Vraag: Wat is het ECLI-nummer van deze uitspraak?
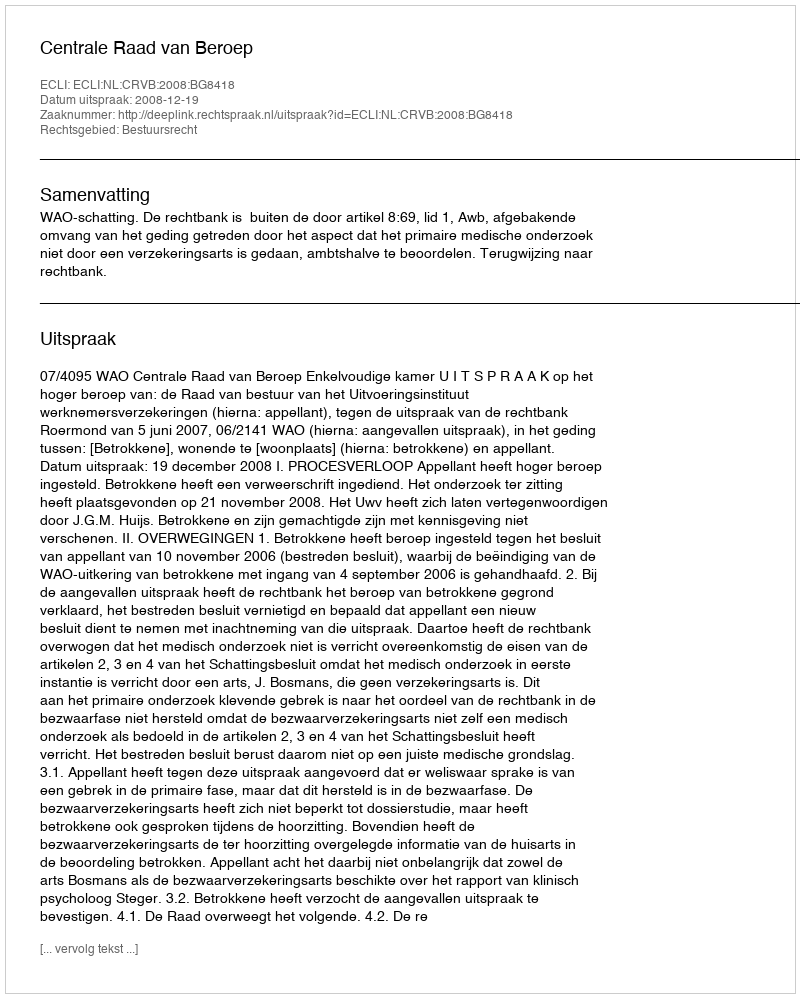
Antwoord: ECLI:NL:CRVB:2008:BG8418